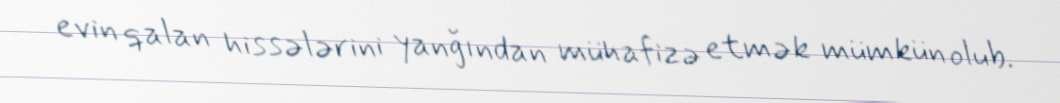
evin qalan hissələrini yanğından mühafizə etmək mümkün olub.